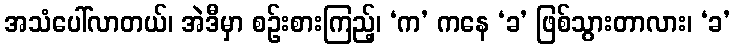
အသံပေါ်လာတယ်၊ အဲဒီမှာ စဉ်းစားကြည့်၊ ‘က’ ကနေ ‘ခ’ ဖြစ်သွားတာလား၊ ‘ခ’